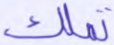
تملك